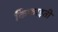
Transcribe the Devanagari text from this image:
किफाइती